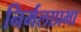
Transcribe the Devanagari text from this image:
निर्मलाप्रभा